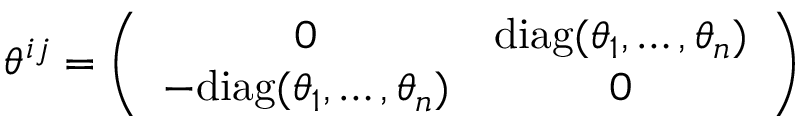
\theta ^ { i j } = \left( \begin{array} { c c } { { 0 } } & { { \mathrm { d i a g } ( \theta _ { 1 } , \dots , \theta _ { n } ) } } \\ { { - \mathrm { d i a g } ( \theta _ { 1 } , \dots , \theta _ { n } ) } } & { { 0 } } \end{array} \right)